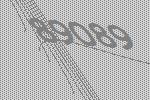
89089